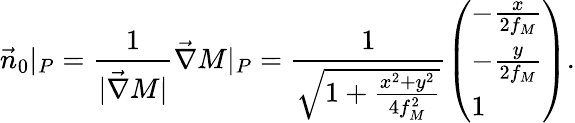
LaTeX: \vec{n}_{0}|_{P}=\frac{1}{|\vec{\nabla}M|}\vec{\nabla}M|_{P}=\frac{1}{\sqrt{1+\frac{x^{2}+y^{2}}{4f_{M}^{2}}}}\left(\begin{array}{l}{-\frac{x}{2f_{M}}}\\ {-\frac{y}{2f_{M}}}\\ {1}\end{array}\right).